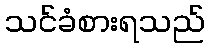
သင်ခံစားရသည်